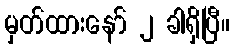
မှတ်ထားနော် ၂ ခါရှိပြီ။